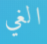
الغي